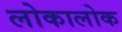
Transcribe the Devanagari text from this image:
लोकालोक